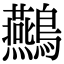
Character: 䴏